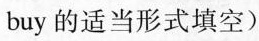
buy的适当形式填空）